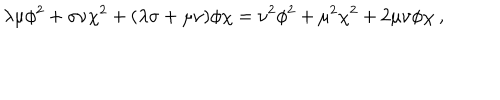
LaTeX: \lambda \mu \phi ^ { 2 } + \sigma \nu \chi ^ { 2 } + ( \lambda \sigma + \mu \nu ) \phi \chi = \nu ^ { 2 } \phi ^ { 2 } + \mu ^ { 2 } \chi ^ { 2 } + 2 \mu \nu \phi \chi ~ ,